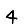
Digit: 4